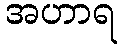
အဟာရ